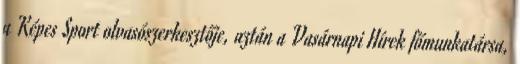
a Képes Sport olvasószerkesztője, aztán a Vasárnapi Hírek főmunkatársa,